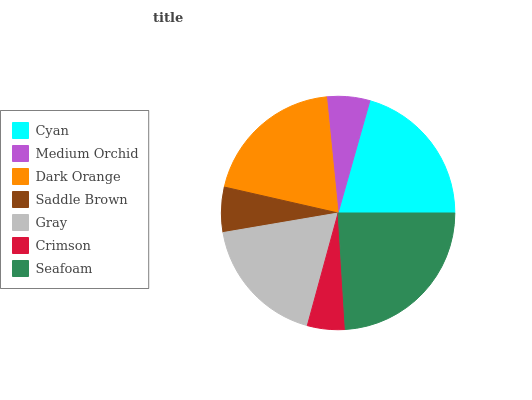
| Cyan | Medium Orchid | Dark Orange | Saddle Brown | Gray | Crimson | Seafoam |
 | --- | --- | --- | --- | --- | --- | --- |
 | 20.5% | 5.97% | 19.9% | 6.24% | 18.1% | 5.22% | 24% |